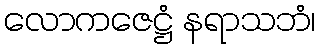
လောကဇေဋ္ဌံ နရာသဘံ၊